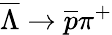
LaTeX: \overline{{\Lambda}}\rightarrow\overline{{p}}\pi^{+}